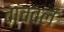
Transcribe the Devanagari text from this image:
वांचवलं